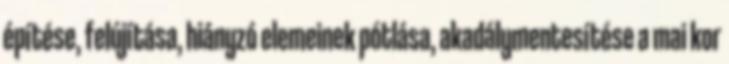
építése, felújítása, hiányzó elemeinek pótlása, akadálymentesítése a mai kor